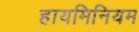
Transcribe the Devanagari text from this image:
हायमिनियम